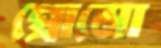
প্রোমো